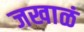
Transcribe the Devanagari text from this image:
जखाळं